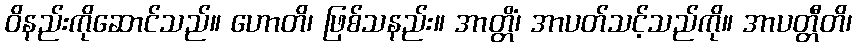
ဝိနည်းကိုဆောင်သည်။ ဟောတိ၊ ဖြစ်သနည်း။ အာတ္တိံ၊ အာပတ်သင့်သည်ကို။ အာပတ္တီတိ၊